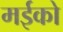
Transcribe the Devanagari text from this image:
मईको